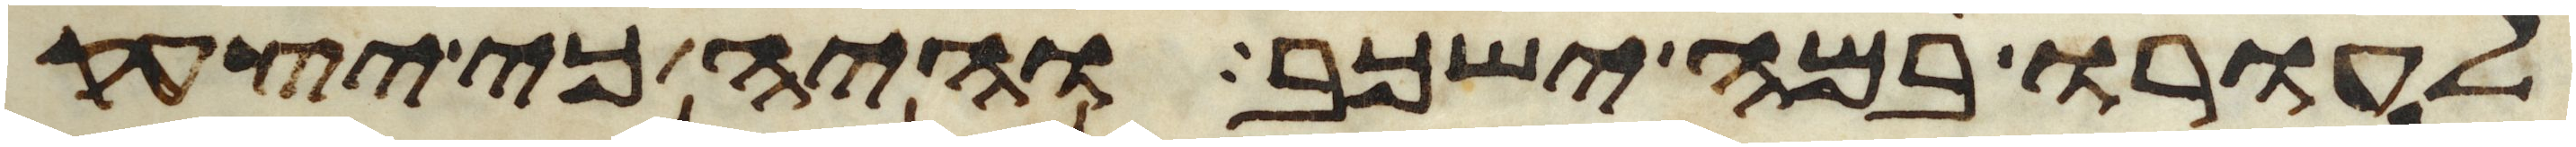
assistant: לעורו במה ישכב והיה כי יצעק